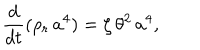
\frac { d } { d t } ( \rho _ { r } \, a ^ { 4 } ) = \zeta \, \theta ^ { 2 } \, a ^ { 4 } ,